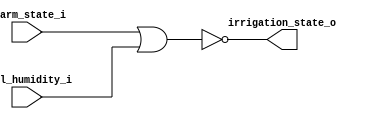
/* Decides whether the irrigation system should be activated
	or deactivated, according to the alarm and soil humidity. */

module irrigation_trigger
(
	input wire  alarm_state_i,
	input wire  soil_humidity_i,
	output wire irrigation_state_o
);
	
	// Applying the NOR gate in the alarm state and soil humidity signals
	nor irrigiration_activation_result
	(
		 irrigation_state_o,
		 alarm_state_i,
		 soil_humidity_i
	);

endmodule